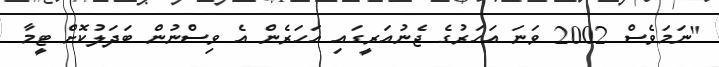
"ނަމަވެސް 2002 ވަނަ އަހަރުގެ ޖެނުއަރީގައި އަހަރެން އެ ވިސްނުން ބަދަލުކޮށް ޓީމާ